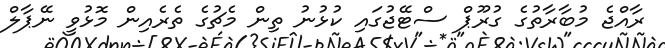
ރާއްޖެ މުބާރާތުގެ ގުރޫޕް ސްޓޭޖުގައި ކުޅުނު ތިން މެޗުގެ ތެރެއިން މޮޅުވީ ނޭޕާލް